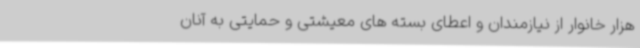
هزار خانوار از نیازمندان و اعطای بسته های معیشتی و حمایتی به آنان